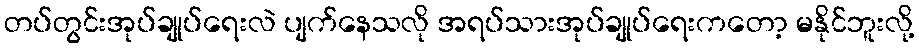
တပ်တွင်းအုပ်ချုပ်ရေးလဲ ပျက်နေသလို အရပ်သားအုပ်ချုပ်ရေးကတော့ မနိုင်ဘူးလို့